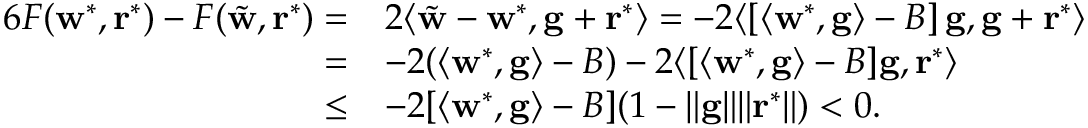
\begin{array} { r l } { { 6 } F ( \mathbf w ^ { * } , \mathbf r ^ { * } ) - F ( \tilde { \mathbf w } , \mathbf r ^ { * } ) = } & { 2 \langle \tilde { \mathbf w } - \mathbf w ^ { * } , \mathbf g + \mathbf r ^ { * } \rangle = - 2 \langle \left[ \langle \mathbf w ^ { * } , \mathbf g \rangle - B \right] \mathbf g , \mathbf g + \mathbf r ^ { * } \rangle } \\ { = } & { - 2 ( \langle \mathbf w ^ { * } , \mathbf g \rangle - B ) - 2 \langle [ \langle \mathbf w ^ { * } , \mathbf g \rangle - B ] \mathbf g , \mathbf r ^ { * } \rangle } \\ { \leq } & { - 2 [ \langle \mathbf w ^ { * } , \mathbf g \rangle - B ] ( 1 - \| \mathbf g \| \| \mathbf r ^ { * } \| ) < 0 . } \end{array}